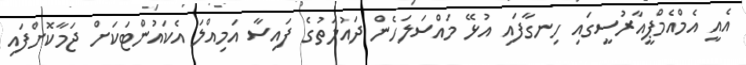
އެއީ އެމްއެމްޕީއާރުސީގައި ހިނގާފައި އުޅޭ މައްސަލަހެން ދައުލަތުގެ ފައިސާ އަމިއްލަ އެކައުންޓަކަށް ޖަމާކޮށްފައި